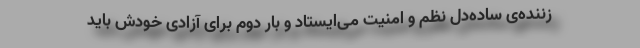
زننده‌ی ساده‌دلِ نظم و امنیت می‌ایستاد و بار دوم برای آزادی خودش باید